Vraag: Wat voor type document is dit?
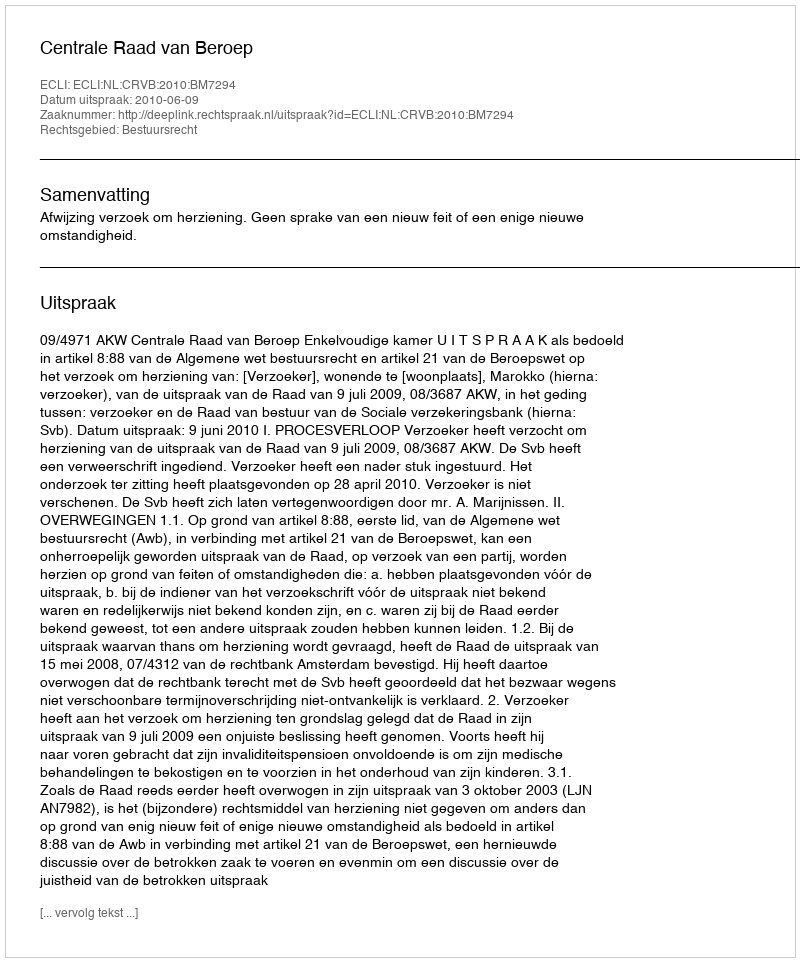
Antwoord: Uitspraak